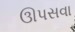
ઊપસવા